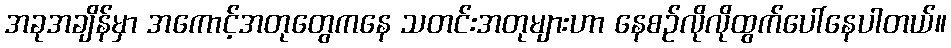
အခုအချိန်မှာ အကောင့်အတုတွေကနေ သတင်းအတုများဟာ နေစဉ်လိုလိုထွက်ပေါ်နေပါတယ်။